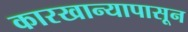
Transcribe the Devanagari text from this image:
कारखान्यापासून